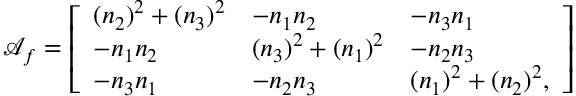
\mathcal { A } _ { f } = \left[ \begin{array} { l l l } { ( n _ { 2 } ) ^ { 2 } + ( n _ { 3 } ) ^ { 2 } } & { - n _ { 1 } n _ { 2 } } & { - n _ { 3 } n _ { 1 } } \\ { - n _ { 1 } n _ { 2 } } & { ( n _ { 3 } ) ^ { 2 } + ( n _ { 1 } ) ^ { 2 } } & { - n _ { 2 } n _ { 3 } } \\ { - n _ { 3 } n _ { 1 } } & { - n _ { 2 } n _ { 3 } } & { ( n _ { 1 } ) ^ { 2 } + ( n _ { 2 } ) ^ { 2 } , } \end{array} \right]